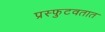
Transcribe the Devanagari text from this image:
प्रस्फुटवतात